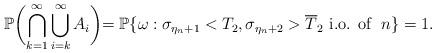
LaTeX: \begin{align*}\mathbb P\biggl(\bigcap_{k=1}^{\infty}\bigcup_{i=k}^{\infty}A_i\biggl)={\mathbb P}\{\omega: \sigma_{\eta_n+1}<T_2, \sigma_{\eta_n+2}>\overline T_2 \mbox{ i.o. of }\;n\}=1.\end{align*}